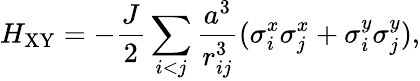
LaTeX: H_{\mathrm{XY}}=-{\frac{J}{2}}\sum_{i<j}\frac{a^{3}}{r_{ij}^{3}}(\sigma_{i}^{x}\sigma_{j}^{x}+\sigma_{i}^{y}\sigma_{j}^{y}),